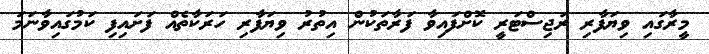
މީރާގައި ވިޔަފާރި ރަޖިސްޓަރީ ކޮށްފައިވާ ފަރާތަކުން އިތުރު ވިޔަފާރި ހަރަކާތެއް ފަށައިފި ކަމުގައިވާނަމަ